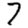
Digit: 7